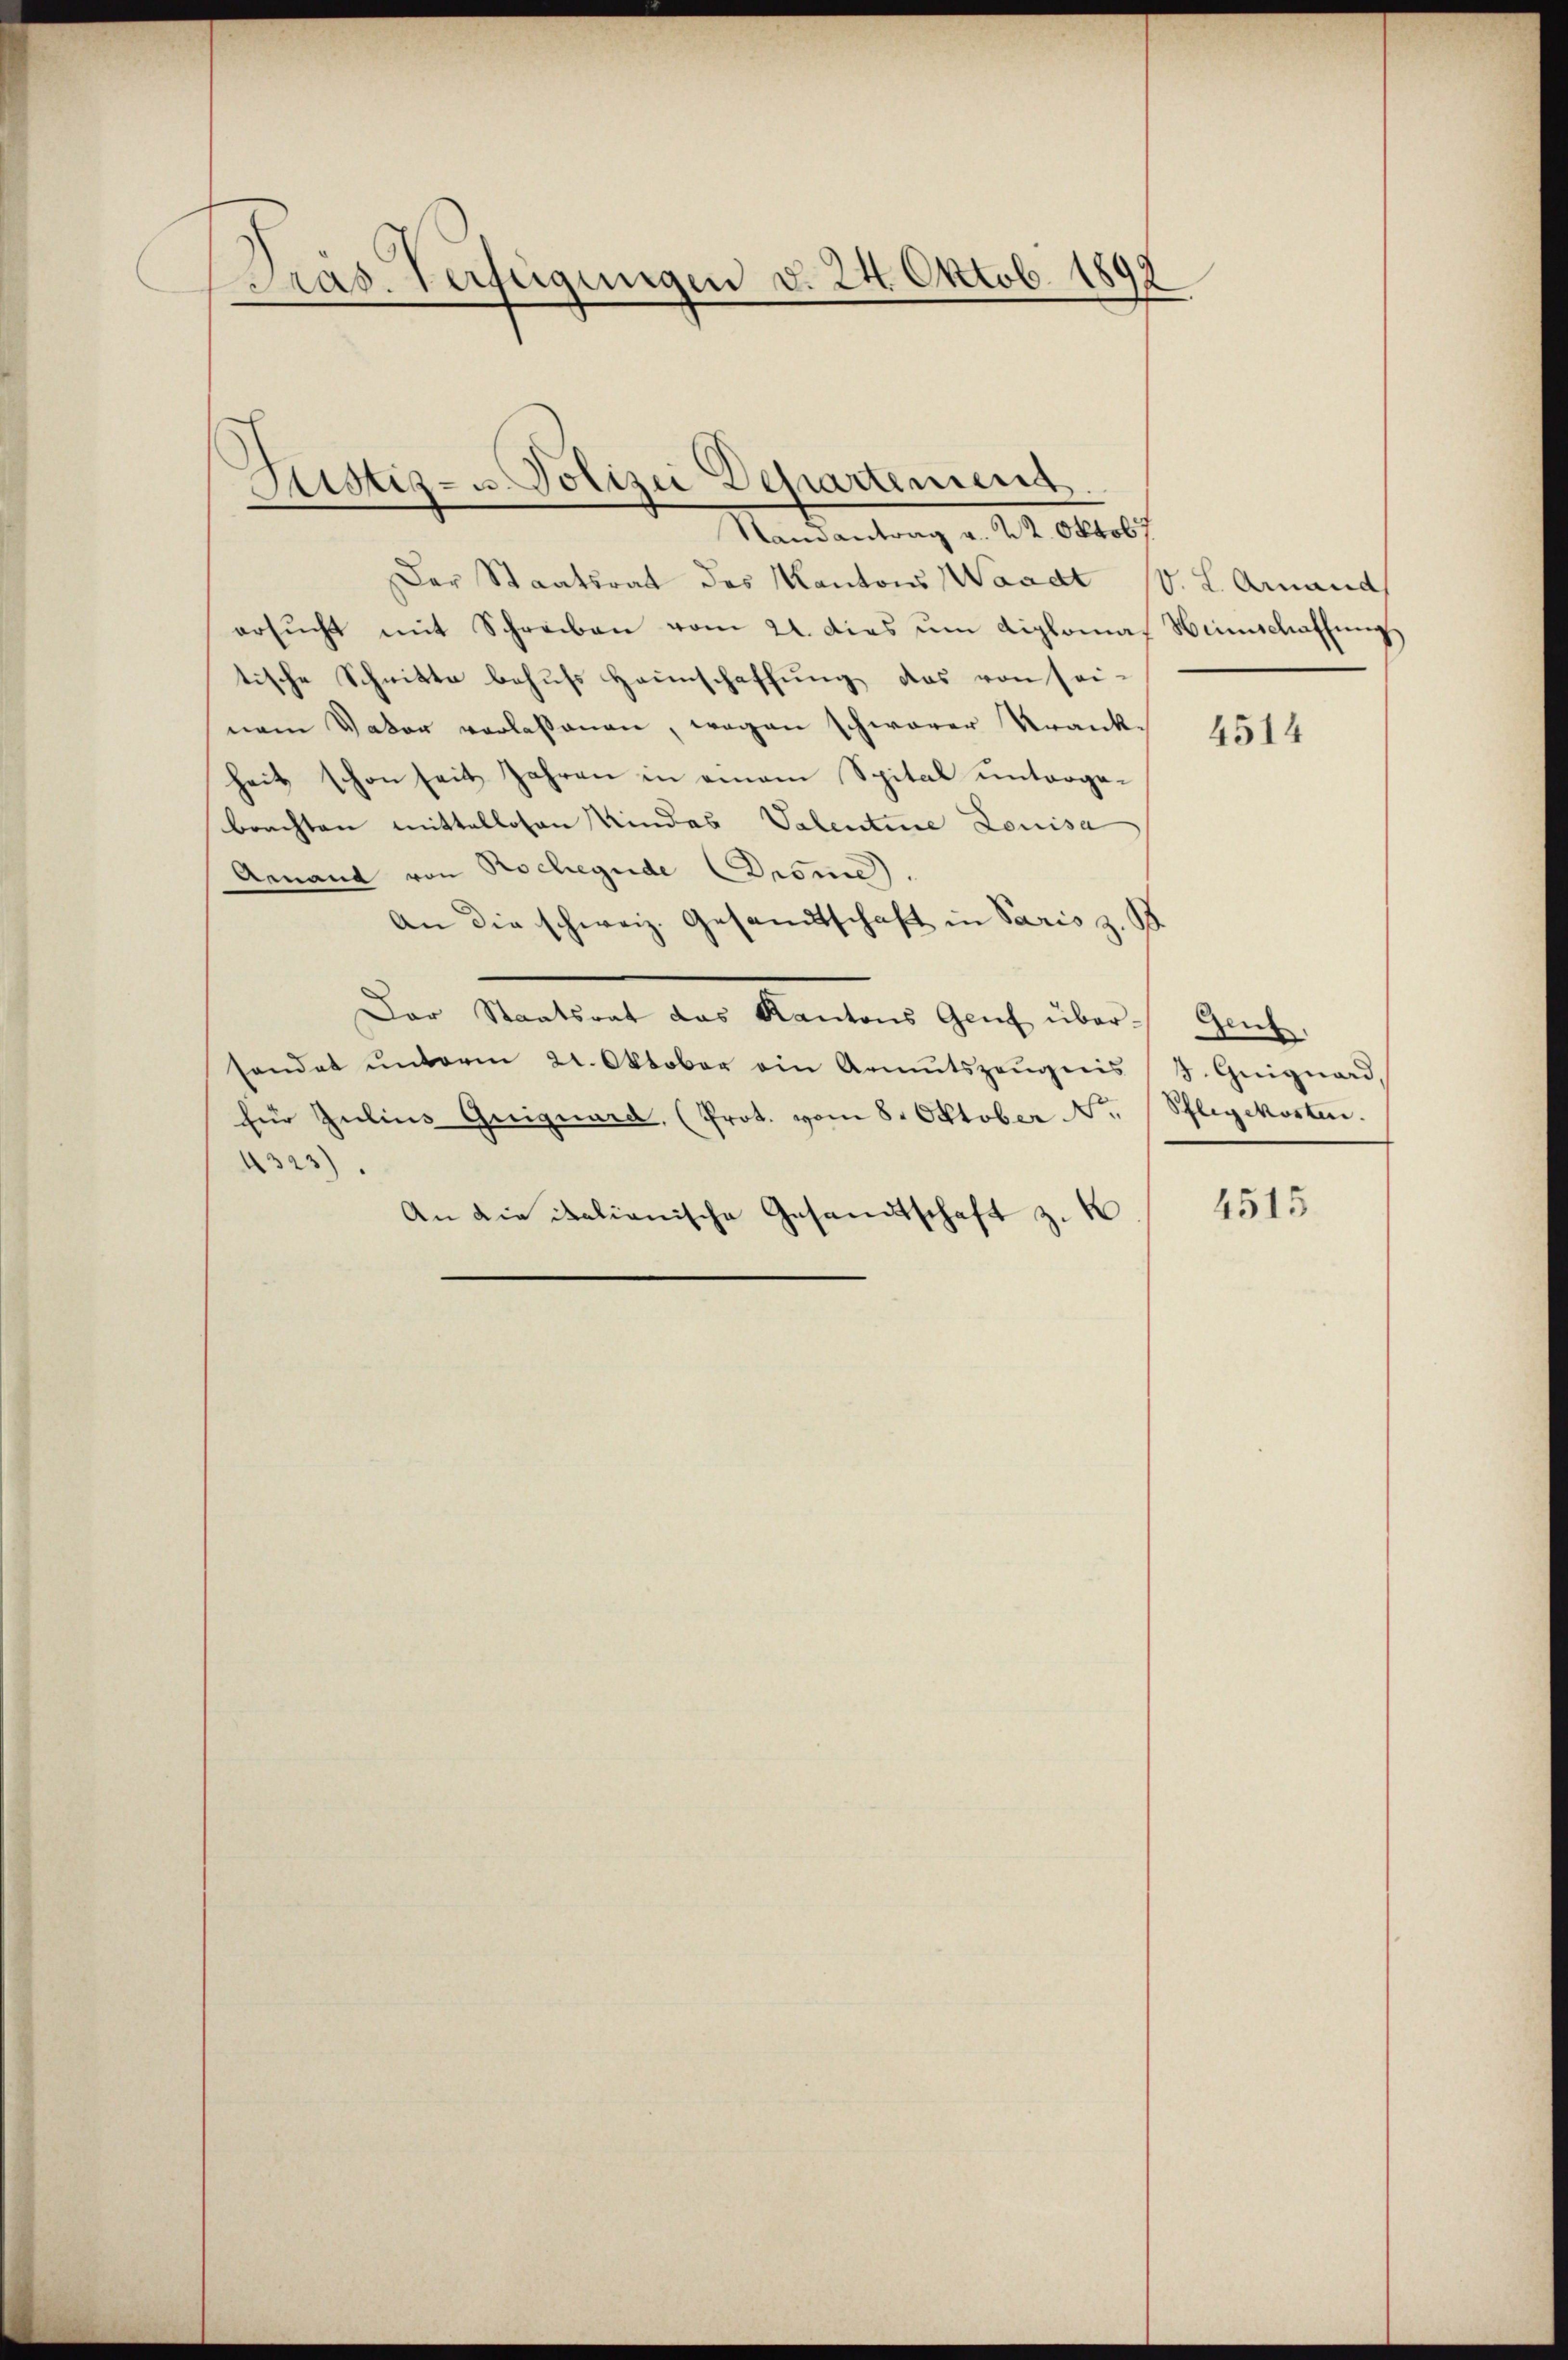
Pras. Verfügungen d. 24. Oktob. 1892

Mandantung v. 14. Oktobe
Der Staatsrat des Kantons Waadt (v. L. Ammand
ersŭcht mit Schreiben vom 21. dis ŭm diplomas Hinschaffŭng
tische Schnitte behufs Heinschaffung das von sei-
nem Vater verlassenen, wegen schwerer Krankheit schon seit Jahren in einem Spital untergebrachten mittellosen Kindes Valentine Louisa
Genand von Rochegide Drome
An die schweiz. Gesandtschaft in Paris z.
Der Staatsrat das Kantons Genf über-
sendet ŭnterm 21. Oktober ein Armutszeŭgnis d. Guignard,
für Jŭliŭs Griguard, (Prot. vom 8. Oktober Nr. Pflegekosten.
4323)
An die italianische Gesandtschaft z. K

¬
Astiz- u. Polizei Departement.

4514

Gen

4515